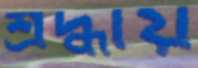
শ্রদ্ধায়